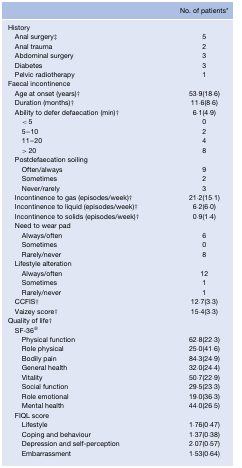
<table><thead><tr><td></td><td><b>No. of patients*</b></td></tr></thead><tbody><tr><td>History</td><td></td></tr><tr><td> Anal surgery‡</td><td>5</td></tr><tr><td> Anal trauma</td><td>2</td></tr><tr><td> Abdominal surgery</td><td>3</td></tr><tr><td> Diabetes</td><td>3</td></tr><tr><td> Pelvic radiotherapy</td><td>1</td></tr><tr><td>Faecal incontinence</td><td></td></tr><tr><td> Age at onset (years)†</td><td>53·9(18·6)</td></tr><tr><td> Duration (months)†</td><td>11·6(8·6)</td></tr><tr><td> Ability to defer defaecation (min)†</td><td>6·1(4·9)</td></tr><tr><td>&lt; 5</td><td>0</td></tr><tr><td>5–10</td><td>2</td></tr><tr><td>11–20</td><td>4</td></tr><tr><td>&gt; 20</td><td>8</td></tr><tr><td> Postdefaecation soiling</td><td></td></tr><tr><td>Often/always</td><td>9</td></tr><tr><td>Sometimes</td><td>2</td></tr><tr><td>Never/rarely</td><td>3</td></tr><tr><td> Incontinence to gas (episodes/week)†</td><td>21·2(15·1)</td></tr><tr><td> Incontinence to liquid (episodes/week)†</td><td>6·2(6·0)</td></tr><tr><td> Incontinence to solids (episodes/week)†</td><td>0·9(1·4)</td></tr><tr><td> Need to wear pad</td><td></td></tr><tr><td>Always/often</td><td>6</td></tr><tr><td>Sometimes</td><td>0</td></tr><tr><td>Rarely/never</td><td>8</td></tr><tr><td> Lifestyle alteration</td><td></td></tr><tr><td>Always/often</td><td>12</td></tr><tr><td>Sometimes</td><td>1</td></tr><tr><td>Rarely/never</td><td>1</td></tr><tr><td> CCFIS†</td><td>12·7(3·3)</td></tr><tr><td> Vaizey score†</td><td>15·4(3·3)</td></tr><tr><td>Quality of life†</td><td></td></tr><tr><td> SF-36®</td><td></td></tr><tr><td>Physical function</td><td>62·8(22·3)</td></tr><tr><td>Role physical</td><td>25·0(41·6)</td></tr><tr><td>Bodily pain</td><td>84·3(24·9)</td></tr><tr><td>General health</td><td>32·0(24·4)</td></tr><tr><td>Vitality</td><td>50·7(22·9)</td></tr><tr><td>Social function</td><td>29·5(23·3)</td></tr><tr><td>Role emotional</td><td>19·0(36·3)</td></tr><tr><td>Mental health</td><td>44·0(26·5)</td></tr><tr><td> FIQL score</td><td></td></tr><tr><td>Lifestyle</td><td>1·76(0·47)</td></tr><tr><td>Coping and behaviour</td><td>1·37(0·38)</td></tr><tr><td>Depression and self-perception</td><td>2·07(0·57)</td></tr><tr><td>Embarrassment</td><td>1·53(0·64)</td></tr></tbody></table>